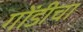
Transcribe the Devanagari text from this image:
गोंडीचा